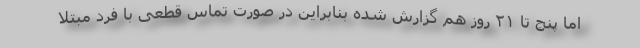
اما پنج تا ۲۱ روز هم گزارش شده بنابراین در صورت تماس قطعی با فرد مبتلا